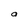
Character: O